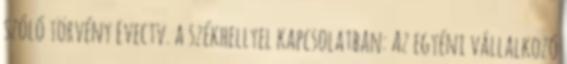
szóló törvény Evectv. a székhellyel kapcsolatban: Az egyéni vállalkozó